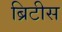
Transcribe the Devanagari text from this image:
ब्रिटीस